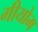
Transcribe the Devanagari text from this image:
गीयोम